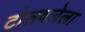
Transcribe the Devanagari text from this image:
टोलवलेला